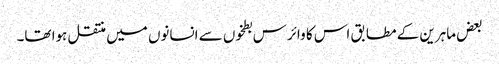
بعض ماہرین کے مطابق اس کا وائرس بطخوں سے انسانوں میں منتقل ہوا تھا۔